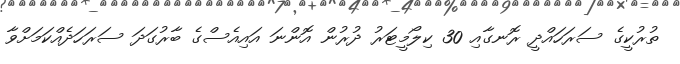
ތުރުކީގެ ސަރަހައްދީ ރޮނގާއި 30 ކިލޯމީޓަރު ދުރުން އޮންނަ އައިއެސްގެ ބާރުގަދަ ސަރަހަދެއްކަމަށްވާ